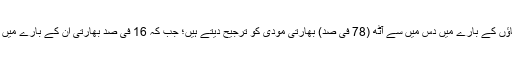
سروے کے مطابق، قومی رہنماؤں کے بارے میں دس میں سے آٹھ (78 فی صد) بھارتی مودی کو ترجیح دیتے ہیں؛ جب کہ 16 فی صد بھارتی اُن کے بارے میں ناپسندیدگی کا اظہار کرتے ہیں۔